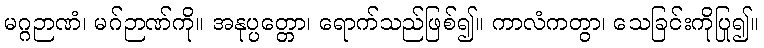
မဂ္ဂဉာဏံ၊ မဂ်ဉာဏ်ကို။ အနုပ္ပတ္တော၊ ရောက်သည်ဖြစ်၍။ ကာလံကတွာ၊ သေခြင်းကိုပြု၍။